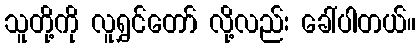
သူတို့ကို လူရွှင်တော် လို့လည်း ခေါ်ပါတယ်။